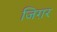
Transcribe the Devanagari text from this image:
जिग़र